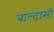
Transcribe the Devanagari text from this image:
बाल्दासी